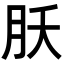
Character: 𬁷